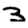
Digit: 3